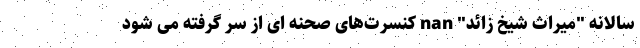
سالانه "میراث شیخ زائد" nan کنسرت‌های صحنه ای از سر گرفته می شود